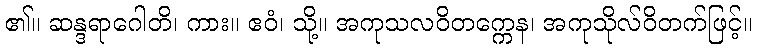
၏။ ဆန္ဒရာဂေါတိ၊ ကား။ ဧဝံ၊ သို့။ အကုသလဝိတက္ကေန၊ အကုသိုလ်ဝိတက်ဖြင့်။